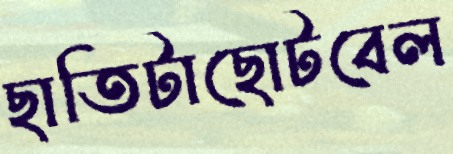
ছাতিটাছোটবেল